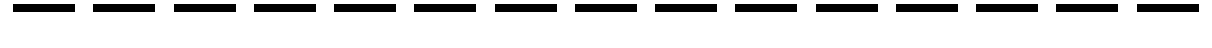
---------------